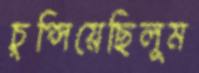
চুপ্‌সিয়েছিলুম